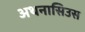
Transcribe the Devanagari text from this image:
अथनासिउस